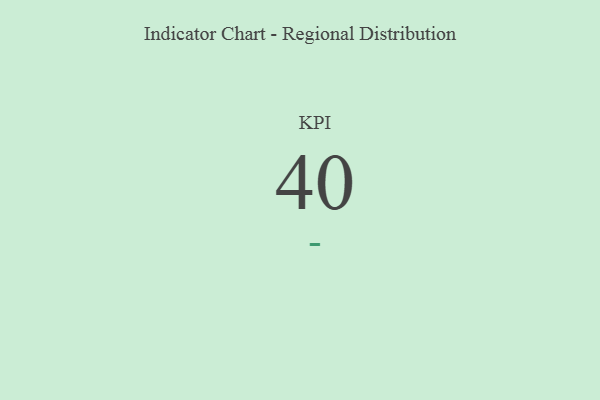
{"axis": {"x": "KPI", "y": "Value"}, "legend": [""], "data": [{"x": "KPI", "y": 40, "type": ""}]}